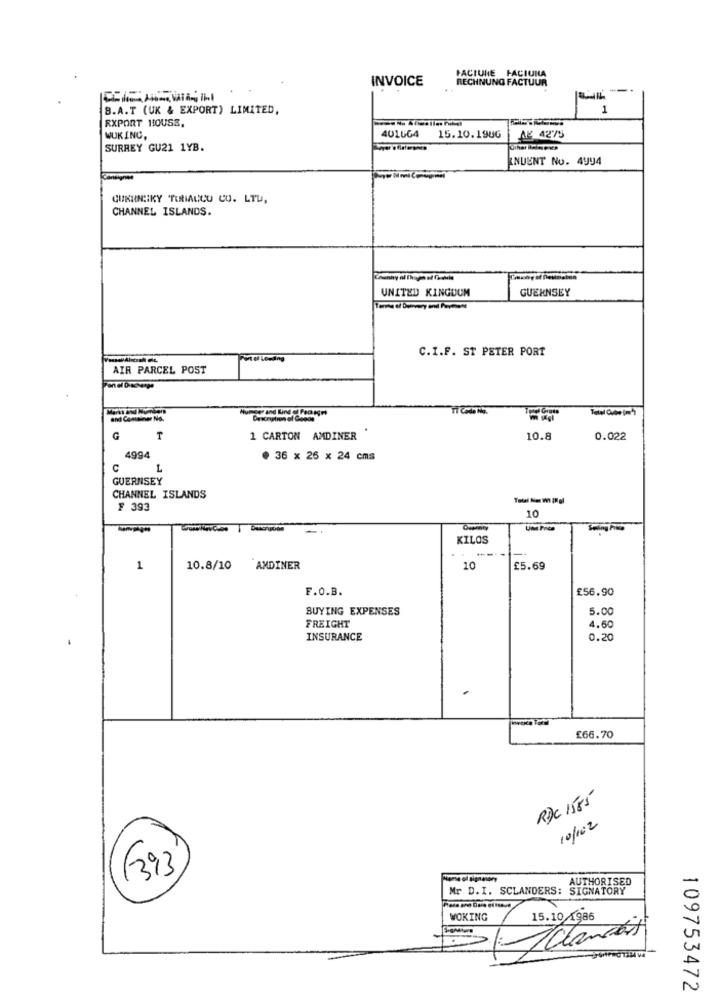
PACIUNE FACIUMA
INVOICE
RECHNUNG FACTUUR
-
B.A.T (UK & EXPORT) LIMITED,
1
RXPORT 1IOUSS.
401664
15.10.19UG
WUKINC,
AL 42'75
SURREY GU21 1YB.
KNUENT No. 4994
Caneignen
CUKRNIKY TURALCU CO. LTU,
CHANNEL ISLANDS.
UNITED KINGDOM
GUERNSEY
C.I.F. ST PETER PORT
AIR PARCEL POST
G
T
1 CARTON AMDINER
10.8
0.022
4994
. 36 x 26 x 24 cms
C
L
GUERNSEY
CHANNEL ISLANDS
F 393
10
Swing Pine
KILOS
1
10.8/10
AMDINER
10
£5.69
F.O.B.
£56.90
BUYING EXPENSES
5.00
FREIGHT
4.60
INSURANCE
0.20
£66.70
RDC 1585
10/162
(393
AUTHORISED
Mr D.I. SCLANDERS: SIGNATORY
WOKING
15.10 1986
109753472